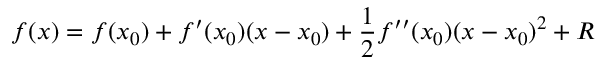
f ( x ) = f ( x _ { 0 } ) + f ^ { \prime } ( x _ { 0 } ) ( x - x _ { 0 } ) + { \frac { 1 } { 2 } } f ^ { \prime \prime } ( x _ { 0 } ) ( x - x _ { 0 } ) ^ { 2 } + R